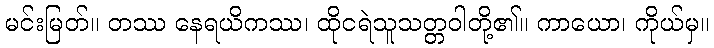
မင်းမြတ်။ တဿ နေရယိကဿ၊ ထိုငရဲသူသတ္တဝါတို့၏။ ကာယော၊ ကိုယ်မှ။